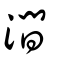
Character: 澗